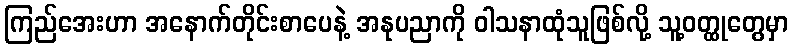
ကြည်အေးဟာ အနောက်တိုင်းစာပေနဲ့ အနုပညာကို ဝါသနာထုံသူဖြစ်လို့ သူ့ဝတ္ထုတွေမှာ